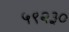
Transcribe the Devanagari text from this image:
५९२३०